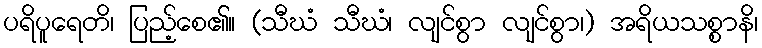
ပရိပူရေတိ၊ ပြည့်စေ၏။ (သီဃံ သီဃံ၊ လျင်စွာ လျင်စွာ၊) အရိယသစ္စာနိ၊